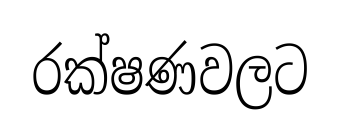
රක්ෂණවලට